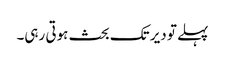
پہلے تو دیر تک بحث ہوتی رہی۔